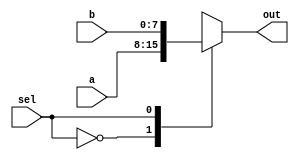
`timescale 1ns / 1ps

//////////////////////////////////////////////////////////////////////////////////
// Mux2to1.v
//
// Created for Dr. Akoglu's Reconfigurable Computing Lab
//  at the University of Arizona
// 
// A simple 2 to 1 mux.
//////////////////////////////////////////////////////////////////////////////////

module Mux2to1 #(
    parameter DATA_WIDTH = 8
)(
    input [DATA_WIDTH-1:0] a,
    input [DATA_WIDTH-1:0] b,
    input sel,
    output reg [DATA_WIDTH-1:0] out
);
    
    initial begin
        out = 0;
    end
    always@(*) begin
        case(sel)
            0: out = a;
            1: out = b;
        endcase
    end
    
endmodule